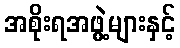
အစိုးရအဖွဲ့များနှင့်